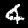
Label: 4